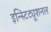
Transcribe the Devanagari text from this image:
इन्स्टिट्यूशनल